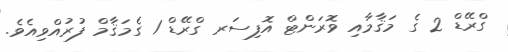
ގްރޭޑް 2 ގެ މަޤާމާއި ވޮރަންޓް އޮފިސަރ ގްރޭޑް 1 ގެމަޤާމް ފުރުއްވިއެވެ.